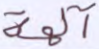
آلهة